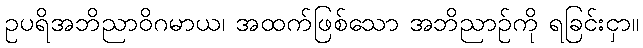
ဥပရိအဘိညာဝိဂမာယ၊ အထက်ဖြစ်သော အဘိညာဉ်ကို ရခြင်းငှာ။